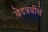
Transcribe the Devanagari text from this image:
वेदत्रयींचे